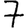
Digit: 7